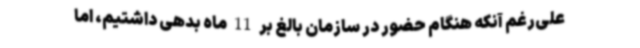
علی‌رغم آنکه هنگام حضور در سازمان بالغ بر 11 ماه بدهی داشتیم، اما